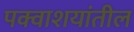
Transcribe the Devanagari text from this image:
पक्वाशयांतील